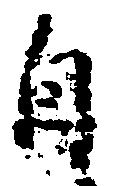
自